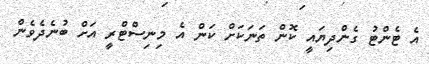
އެ ޓެންޓު ގެންދިޔައީ ކޮން ތަނަކަށް ކަން އެ މިނިސްޓްރީ އަށް ބުނެދެވެން